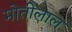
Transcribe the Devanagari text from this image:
माेतीलाल